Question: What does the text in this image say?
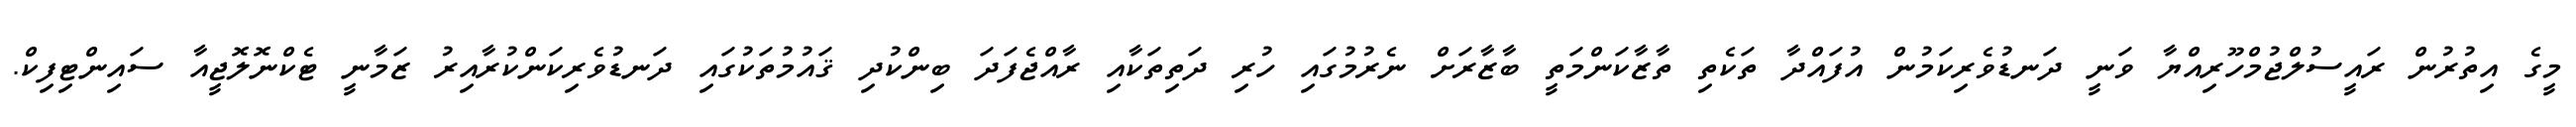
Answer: މީގެ އިތުރުން ރައީސުލްޖުމްހޫރިއްޔާ ވަނީ ދަނޑުވެރިކަމުން އުފައްދާ ތަކެތި ތާޒާކަންމަތީ ބާޒާރަށް ނެރުމުގައި ހުރި ދަތިތަކާއި ރާއްޖެފަދަ ބިންކުދި ޤައުމުތަކުގައި ދަނޑުވެރިކަންކުރާއިރު ޒަމާނީ ޓެކްނޮލޮޖީއާ ސައިންޓިފިކް.